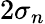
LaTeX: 2\sigma_{n}